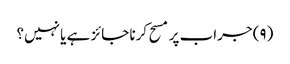
(۹) جراب پر مسح کرنا جائز ہے یا نہیں؟